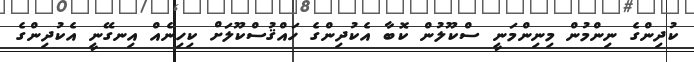
ކުދިންގެ ނިންމުން މިނިންމަނީ ސްކޫލުން ކޮބާ އެކުދިންގެ ހައްޤުސްކޫލަށް ކިހިނެއް އިނގޭނީ އެކުދިންގެ